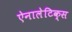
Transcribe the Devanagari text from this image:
ऐनालेटिक्स